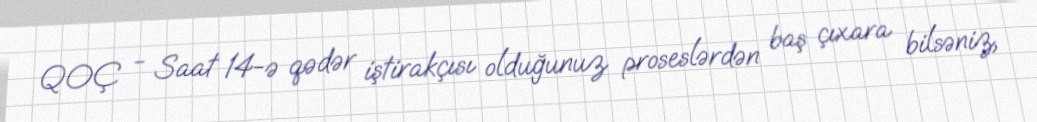
QOÇ - Saat 14-ə qədər iştirakçısı olduğunuz proseslərdən baş çıxara bilsəniz,